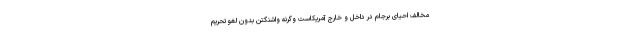
مخالف احیای برجام در داخل و خارج آمریکاست وگرنه واشنگتن بدون لغو تحریم